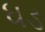
ધડ